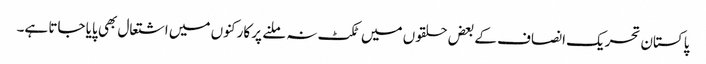
پاکستان تحریک انصاف کے بعض حلقوں میں ٹکٹ نہ ملنے پر کارکنوں میں اشتعال بھی پایا جاتا ہے۔